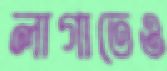
লাগাতেও